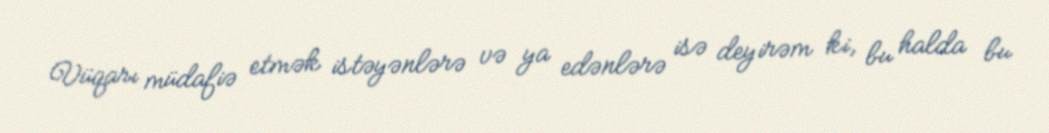
Vüqarı müdafiə etmək istəyənlərə və ya edənlərə isə deyirəm ki, bu halda bu